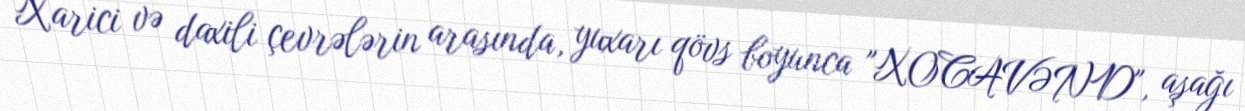
Xarici və daxili çevrələrin arasında, yuxarı qövs boyunca "XOCAVƏND", aşağı